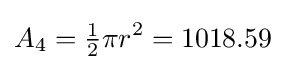
A_{4}={\tfrac {1}{2}}\pi r^{2}=1018.59